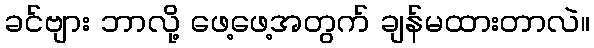
ခင်ဗျား ဘာလို့ ဖေ့ဖေ့အတွက် ချန်မထားတာလဲ။